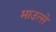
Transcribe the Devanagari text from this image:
माउत्से